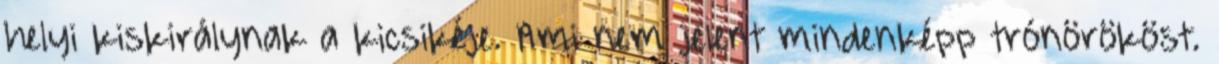
helyi kiskirálynak a kicsikéje. Ami nem jelent mindenképp trónörököst.